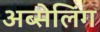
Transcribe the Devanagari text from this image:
अब्सेलिंग